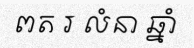
ពត រ លំនា ឆ្នាំ